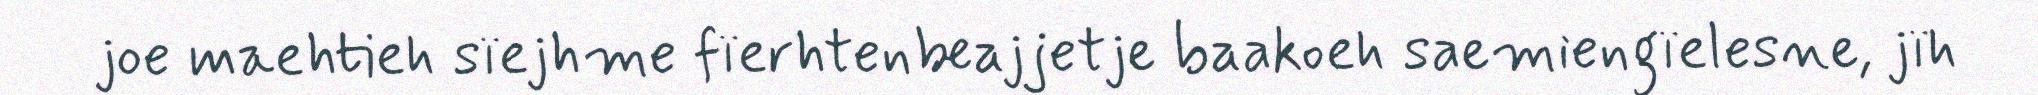
joe maehtieh sïejhme fïerhtenbeajjetje baakoeh saemiengïelesne, jïh